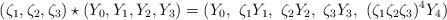
LaTeX: \begin{align*} (\zeta_1, \zeta_2, \zeta_3) \star (Y_0, Y_1, Y_2, Y_3) = ( Y_0, \ \zeta_1 Y_1, \ \zeta_2 Y_2, \ \zeta_3 Y_3, \ (\zeta_1 \zeta_2 \zeta_3)^{4} Y_4 ) \end{align*}